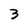
Character: 3